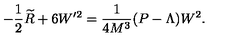
- \frac 1 2 \widetilde { R } + 6 W ^ { \prime 2 } = \frac 1 { 4 M ^ { 3 } } ( P - \Lambda ) W ^ { 2 } .